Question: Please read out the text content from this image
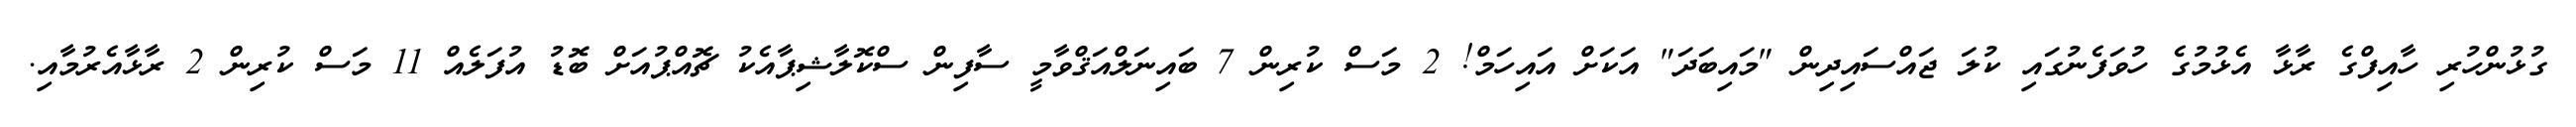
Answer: ގުޅުންހުރި ހާއިފްގެ ރާޅާ އެޅުމުގެ ހުވަފެނުގައި ކުލަ ޖައްސައިދިން "މައިބަދަ" އަކަށް އައިހަމް! 2 މަސް ކުރިން 7 ބައިނަލްއަޤްވާމީ ސާފިން ސްކޮލާޝިޕާއެކު ޗޮއްޕުއަށް ބޮޑު އުފަލެއް 11 މަސް ކުރިން 2 ރާޅާއެރުމާއި.